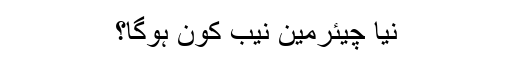
نیا چیئرمین نیب کون ہوگا؟